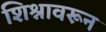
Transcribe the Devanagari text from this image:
शिश्नावरून